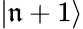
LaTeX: |\mathfrak{n}+1\rangle